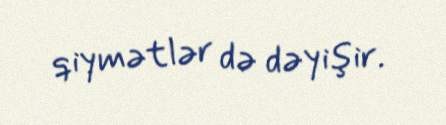
qiymətlər də dəyişir.